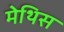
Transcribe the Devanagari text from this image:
मेथिस